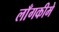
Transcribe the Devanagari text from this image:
लाँगकीमे